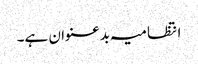
انتظامیہ بدعنوان ہے۔